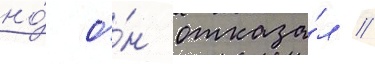
но́ о́н отказа́л //